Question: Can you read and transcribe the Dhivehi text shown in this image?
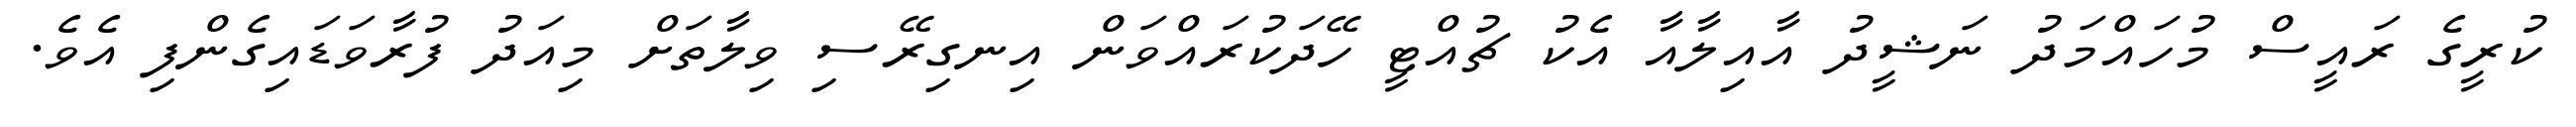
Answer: ކުރީގެ ރައީސް މުހައްމަދު ނަޝީދު އާއިލާއާ އެކު ޗުއްޓީ ހޭދަކުރައްވަން އިނގިރޭސި ވިލާތަށް މިއަދު ފުރާވަޑައިގެންފި އެވެ.